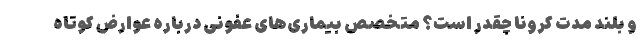
و بلند مدت کرونا چقدر است؟ متخصص بیماری‌های عفونی درباره عوارض کوتاه